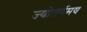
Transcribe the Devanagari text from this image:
ज्योतर्गमय